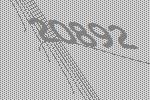
20892